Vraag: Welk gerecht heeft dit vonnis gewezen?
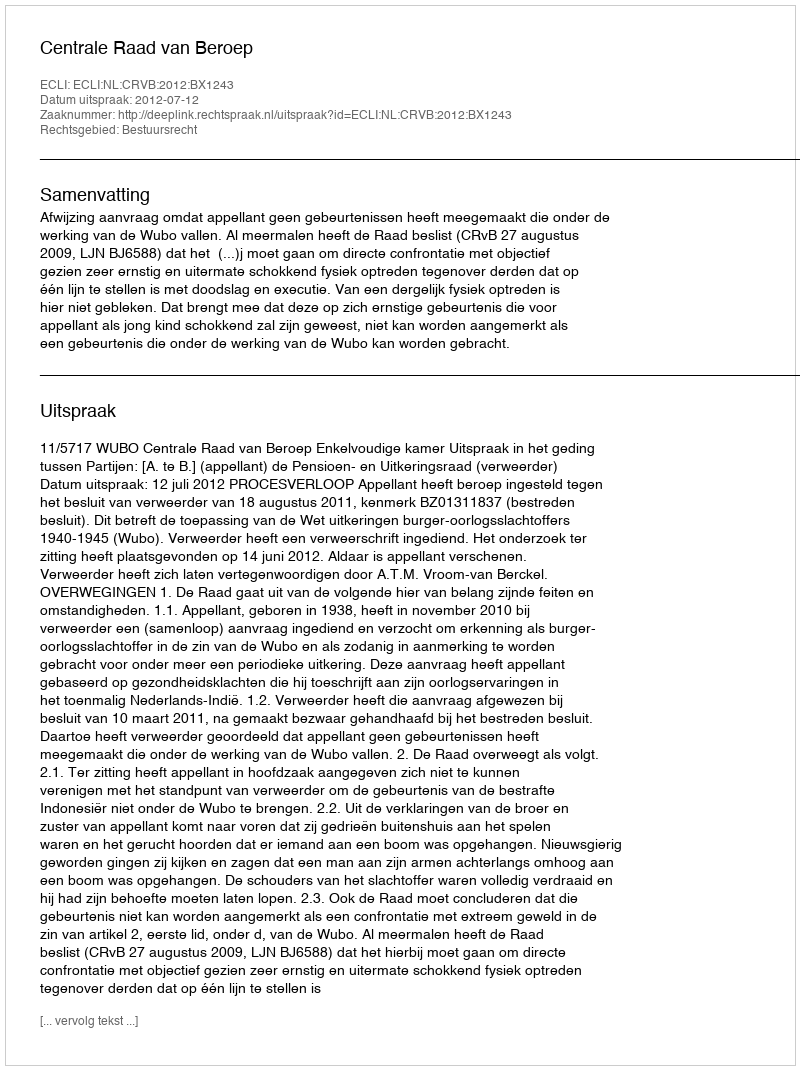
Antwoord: Centrale Raad van Beroep